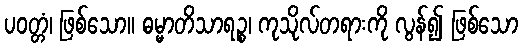
ပဝတ္တံ၊ ဖြစ်သော။ ဓမ္မာတိသာရဉ္စ၊ ကုသိုလ်တရားကို လွန်၍ ဖြစ်သော